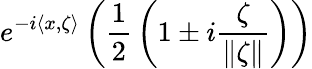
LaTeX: e^{-i\langle x,\zeta\rangle}\left({\frac{1}{2}}\left(1\pm i{\frac{\zeta}{\| \zeta\| }}\right)\right)